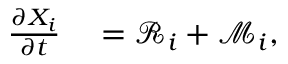
\begin{array} { r l } { \frac { \partial X _ { i } } { \partial t } } & { { } = \mathcal { R } _ { i } + \mathcal { M } _ { i } , } \end{array}